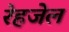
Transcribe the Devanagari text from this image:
रेहजेल